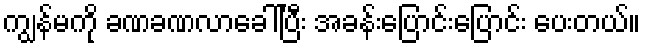
ကျွန်မကို ခဏခဏလာခေါ်ပြီး အခန်းပြောင်းပြောင်း ပေးတယ်။